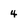
Character: 4